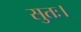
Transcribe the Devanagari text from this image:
सुतः।